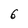
Character: b